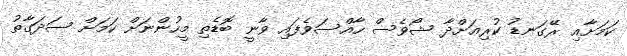
ކަމަށާއި ރޭގަނޑު ކުރިއަށްދާ ޝޯވެސް ހާއްސަވެފައި ވާނީ ބޮޑެތި މީހުންނަށް ކަމަށް ސަދަގާތު